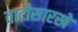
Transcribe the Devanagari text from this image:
वाटीसारखे